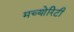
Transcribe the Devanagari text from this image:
मच्योरिटी